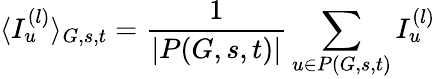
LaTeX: \langle I_{u}^{(l)}\rangle_{G,s,t}=\frac{1}{|P(G,s,t)|}\sum_{u\in P(G,s,t)}I_{u}^{(l)}